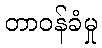
တာဝန်ခံမှု